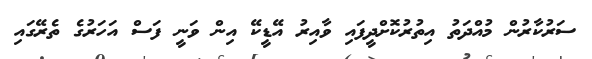
ސަރުކާރުން މުއްދަތު އިތުރުކޮށްދީފައި ވާއިރު އޭޑީކޭ އިން ވަނީ ފަސް އަހަރުގެ ތެރޭގައި